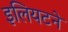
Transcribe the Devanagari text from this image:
इलियटने